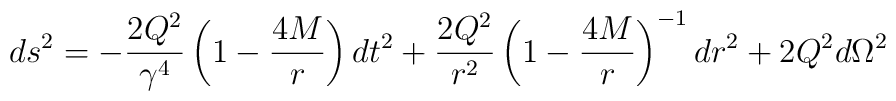
ds^{2} = -\frac{2Q^{2}}{\gamma^{4}} \left ( 1 - \frac{4M}{r} \right ) dt^{2}+ \frac{2Q^{2}}{r^{2}} \left ( 1 - \frac{4M}{r} \right )^{-1} dr^{2}+ 2Q^{2}d\Omega^{2}